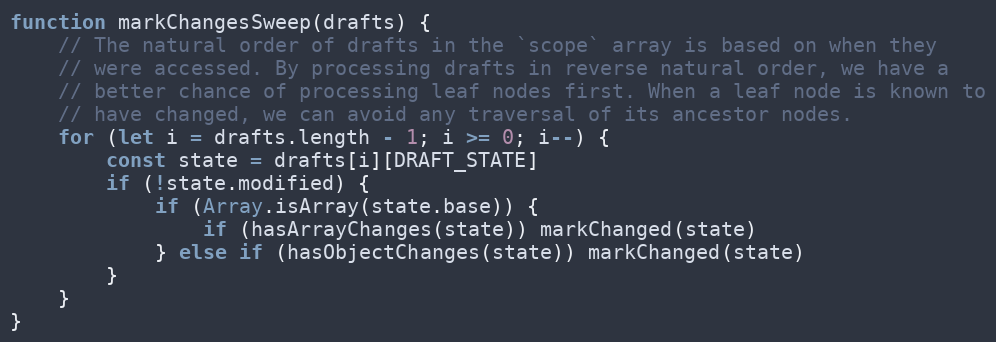
Language: JavaScript
function markChangesSweep(drafts) {
    // The natural order of drafts in the `scope` array is based on when they
    // were accessed. By processing drafts in reverse natural order, we have a
    // better chance of processing leaf nodes first. When a leaf node is known to
    // have changed, we can avoid any traversal of its ancestor nodes.
    for (let i = drafts.length - 1; i >= 0; i--) {
        const state = drafts[i][DRAFT_STATE]
        if (!state.modified) {
            if (Array.isArray(state.base)) {
                if (hasArrayChanges(state)) markChanged(state)
            } else if (hasObjectChanges(state)) markChanged(state)
        }
    }
}